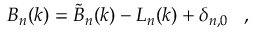
B _ { n } ( k ) = \widetilde { B } _ { n } ( k ) - { \cal L } _ { n } ( k ) + \delta _ { n , 0 } \; \; \; ,